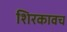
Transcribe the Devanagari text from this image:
शिरकावच